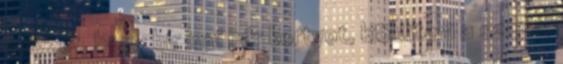
helyzet, hogy bír inni pár kortyot, kiöblíteni a száját.